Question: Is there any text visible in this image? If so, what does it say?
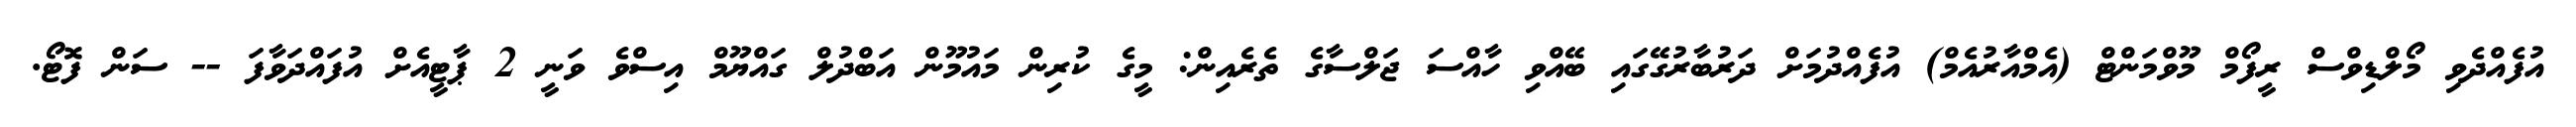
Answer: އުފެއްދެވި މޯލްޑިވްސް ރީފޯމް މޫވްމަންޓް (އެމްއާރުއެމް) އުފެއްދުމަށް ދަރުބާރުގޭގައި ބޭއްވި ހާއްސަ ޖަލްސާގެ ތެރެއިން: މީގެ ކުރިން މައުމޫން އަބްދުލް ގައްޔޫމް އިސްވެ ވަނީ 2 ޕާޓީއެށް އުފައްދަވާފަ -- ސަން ފޮޓޯ.